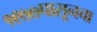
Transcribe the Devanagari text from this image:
१९७७पासूनचा